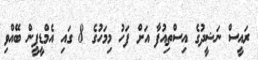
ރައީސް ނަޝީދުގެ އިސްތިއުފާ އަށް ފަހު މިމަހުގެ 8 ގައި އެމްޑީޕީން ބޭއްވި